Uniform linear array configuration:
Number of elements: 32
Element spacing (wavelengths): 0.25
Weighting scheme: uniform
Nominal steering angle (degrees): -15
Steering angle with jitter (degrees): -14.89
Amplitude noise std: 0.05
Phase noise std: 0.05

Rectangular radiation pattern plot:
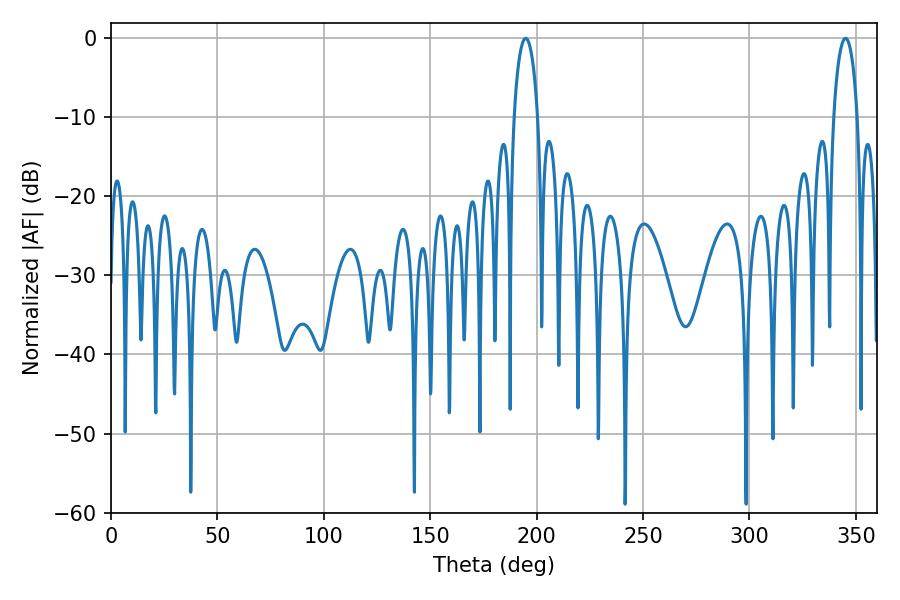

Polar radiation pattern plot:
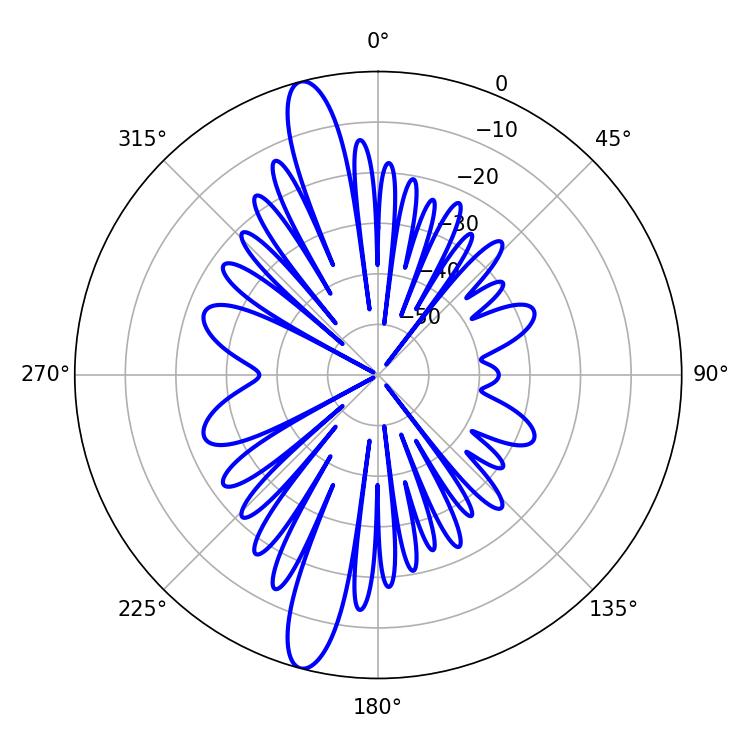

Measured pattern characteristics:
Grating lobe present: FALSE
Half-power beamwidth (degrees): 6.3
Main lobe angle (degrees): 194.94